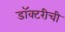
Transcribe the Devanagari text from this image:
डॉक्टरीची